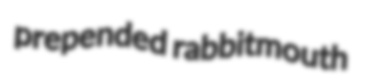
prepended rabbitmouth